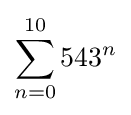
\sum _{n=0}^{10}{543}^{n}